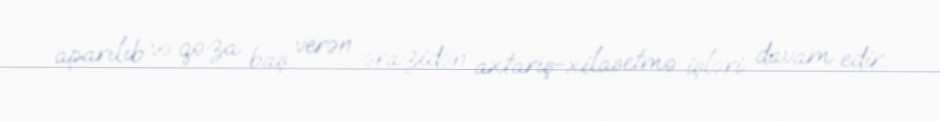
aparılıb və qəza baş verən ərazidən axtarış-xilasetmə işləri davam edir.